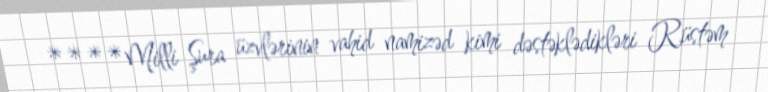
****Milli Şura üzvlərinin vahid namizəd kimi dəstəklədikləri Rüstəm